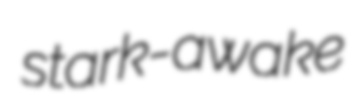
stark-awake